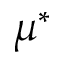
\mu ^ { \ast }